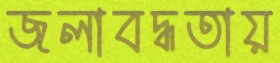
জলাবদ্ধতায়